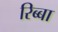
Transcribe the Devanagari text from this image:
रिब्बा